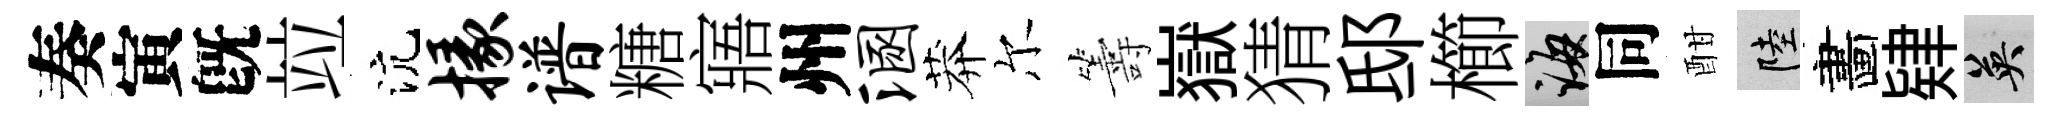
奏寅旣竝沆掾谱糖寤州溷莽尔籌嶽猜邸櫛誨同酣陸畵肄英